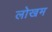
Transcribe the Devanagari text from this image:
लोखम